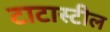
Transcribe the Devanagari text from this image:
टाटास्‍टील